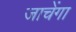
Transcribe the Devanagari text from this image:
जाचेंगा